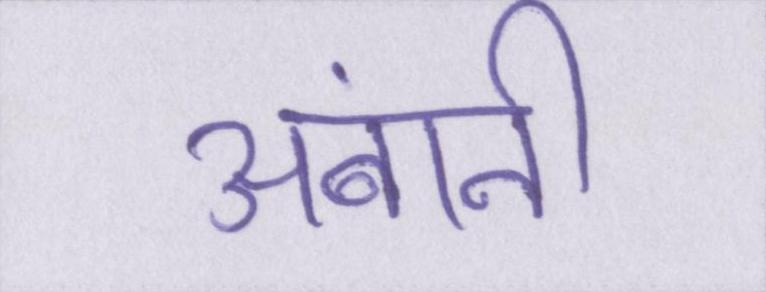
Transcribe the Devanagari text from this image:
अंबानी